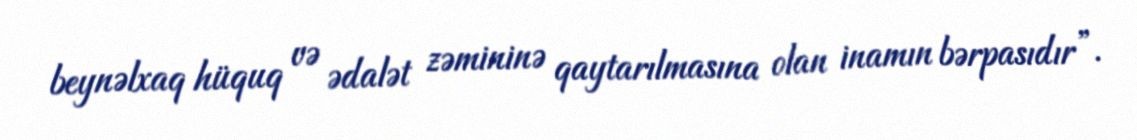
beynəlxaq hüquq və ədalət zəmininə qaytarılmasına olan inamın bərpasıdır”.